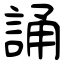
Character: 誦